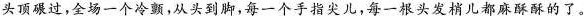
头顶碾过,全场一个冷颤,从头到脚,每一个手指尖儿,每一根头发梢儿都麻酥酥的了。